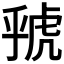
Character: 𮓦